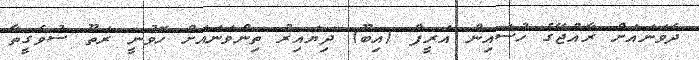
ދެވަނައަށް ރާއްޖޭގެ ހުސައިން އަރީފް (އިބޫ) ދިޔައިރު ތިންވަނައަށް ހޮވުނީ ރަތޫ ސުވެގީތާ